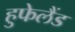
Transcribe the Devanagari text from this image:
हुफेलैंड